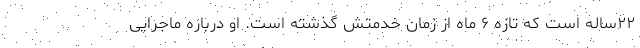
۲۲ساله است که تازه ۶ ماه از زمان خدمتش گذشته است. او درباره ماجرایی